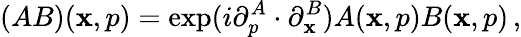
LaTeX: (AB)(\mathbf{x},p)=\exp(i\partial_{p}^{A}\cdot\partial_{\mathbf{x}}^{B})A(\mathbf{x},p)B(\mathbf{x},p)\, ,